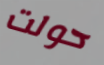
حولت